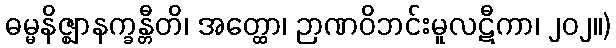
ဓမ္မနိဇ္ဈာနက္ခန္တီတိ၊ အတ္ထော၊ ဉာဏဝိဘင်းမူလဋီကာ၊ ၂၀၂။)